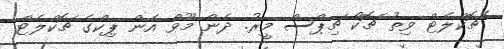
"ޗޮކްލެޓް ވިތު ޗޮކޯ ޗިޕްސް މީރު. ދެން މޫވް އެން ޕިކްގެ ޗޮކްލެޓް